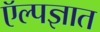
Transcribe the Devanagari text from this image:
ऍल्पज्ञात